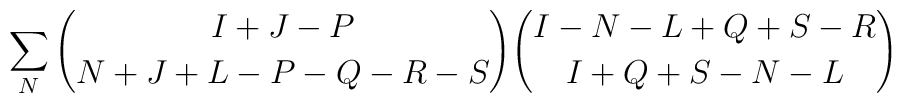
\sum_N{{I+J-P} \choose{N+J+L-P-Q-R-S}}{{I-N-L+Q+S-R} \choose{I+Q+S-N-L}}